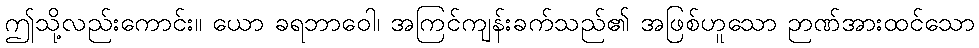
ဤသို့လည်းကောင်း။ ယော ခရဘာဝေါ၊ အကြင်ကျန်းခက်သည်၏ အဖြစ်ဟူသော ဉာဏ်အားထင်သော